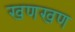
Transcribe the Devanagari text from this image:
खणखण